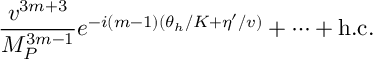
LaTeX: { \frac { v ^ { 3 m + 3 } } { M _ { P } ^ { 3 m - 1 } } } e ^ { - i ( m - 1 ) ( \theta _ { h } / K + \eta ^ { \prime } / v ) } + \cdots + \mathrm { h . c . }